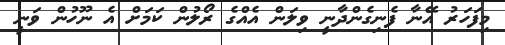
މިފަހަރު އޭނާ ފެނިގެންދާނީ ވިލަން އެއްގެ ރޯލުން ކަމަށް އެ ނޫހުން ވަނީ